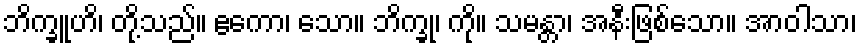
ဘိက္ခူဟိ၊ တို့သည်။ ဧကော၊ သော။ ဘိက္ခု၊ ကို။ သမန္တာ၊ အနီးဖြစ်သော။ အာဝါသာ၊